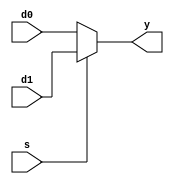
//LAB 5
//FRANCISCO MONTFAR 19379


//mux2:1
module mux2a1(input wire  d0, d1,  //mux2:1 (entradas)
                    input wire s, //entrada (selector)
                  output wire y); //salida

assign y = s ? d1 : d0;

endmodule


//mux4:1 implementado con un 2:1
module mux4a1(input wire d0, d1, d2, d3,
                      input wire s0, s1,
                         output wire y);

wire l1,h1 ;

mux2a1  lowmux(d0, d1, s0, l1);
mux2a1  highmux(d2, d3, s0, h1);
mux2a1  outmux(l1, h1, s1, y);

endmodule


//mux8:1 implementado con 4:1

module mux8a1(input wire d0, d1, d2, d3, d4, d5, d6, d7,
                                   input wire s, s1, s2,
                                         output wire y);
wire sal1, sal2;

mux4a1  fun1(d0, d1, d2, d3, s, s1, sal1);
mux4a1  fun2(d4, d5, d6, d7, s, s1, sal2);
mux2a1  fun3(sal1, sal2, s2, y);

endmodule


//tabla 01 con multiplexores

//tabla 01 con mux8:1

module t1mux8a1(input wire A, B, C, output wire Y);

wire l, h;

assign l = 0;
assign h = 1;


mux8a1 fun1(l, h, h, l, h, l, l, h, C, B, A, Y);

endmodule

//tabla 01 con mux4:1

module t1mux4a1(input wire A, B, C, output wire y);

mux4a1 f1(C, ~C, ~C, C, B, A, y);

endmodule

//tabla 01 con mux2:1

module t1mux2a1(input wire A, B, C, output wire y);

mux2a1 c1(B^C, B~^C, A, y);

endmodule

// tabla 02 con multiplexores

//tabla 02 con mux8:1

module t2mux8a1(input wire A, B, C, output wire y);

wire l, h;

assign l = 0;
assign h = 1;

mux8a1 fun2(h, h, l, l, h, h, h, l, C, B, A, y);

endmodule

// tabla 02 con mux4:1

module t2mux4a1(input wire A, B, C, output wire y);

wire l;
assign l = 0;

mux4a1 f2(~C, l, C, ~C, B, A, y);

endmodule

//tabla 02 con mux 2:1

module t2mux2a1(input wire A, B, C, output wire y);

mux2a1 b2(B~|C, B~&C, A, y);

endmodule